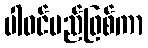
ပါဝင်မည်ဖြစ်ကာ